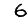
Digit: 6